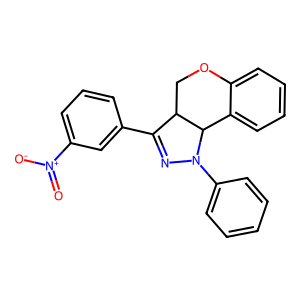
SMILES: O=[N+]([O-])c1cccc(C2=NN(c3ccccc3)C3c4ccccc4OCC23)c1
Inhibits HIV replication: No